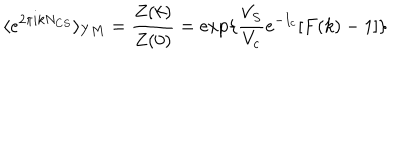
\langle e ^ { 2 \pi i k N _ { C S } } \rangle _ { Y M } = \frac { Z ( k ) } { Z ( 0 ) } = \exp \{ \frac { V _ { S } } { V _ { c } } e ^ { - I _ { c } } [ F ( k ) - 1 ] \}